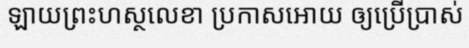
ឡាយព្រះហស្ថលេខា ប្រកាសអោយ ឲ្យប្រើប្រាស់